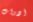
أدوات